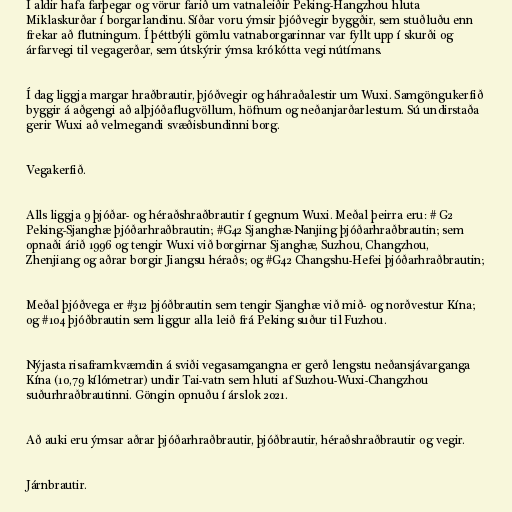
Í aldir hafa farþegar og vörur farið um vatnaleiðir Peking-Hangzhou hluta
Miklaskurðar í borgarlandinu. Síðar voru ýmsir þjóðvegir byggðir, sem stuðluðu enn
frekar að flutningum. Í þéttbýli gömlu vatnaborgarinnar var fyllt upp í skurði og
árfarvegi til vegagerðar, sem útskýrir ýmsa krókótta vegi nútímans.

Í dag liggja margar hraðbrautir, þjóðvegir og háhraðalestir um Wuxi. Samgöngukerfið
byggir á aðgengi að alþjóðaflugvöllum, höfnum og neðanjarðarlestum. Sú undirstaða
gerir Wuxi að velmegandi svæðisbundinni borg.

Vegakerfið.

Alls liggja 9 þjóðar- og héraðshraðbrautir í gegnum Wuxi. Meðal þeirra eru: # G2
Peking-Sjanghæ þjóðarhraðbrautin; #G42 Sjanghæ-Nanjing þjóðarhraðbrautin; sem
opnaði árið 1996 og tengir Wuxi við borgirnar Sjanghæ, Suzhou, Changzhou,
Zhenjiang og aðrar borgir Jiangsu héraðs; og #G42 Changshu-Hefei þjóðarhraðbrautin;

Meðal þjóðvega er #312 þjóðbrautin sem tengir Sjanghæ við mið- og norðvestur Kína;
og #104 þjóðbrautin sem liggur alla leið frá Peking suður til Fuzhou.

Nýjasta risaframkvæmdin á sviði vegasamgangna er gerð lengstu neðansjávarganga
Kína (10,79 kílómetrar) undir Tai-vatn sem hluti af Suzhou-Wuxi-Changzhou
suðurhraðbrautinni. Göngin opnuðu í árslok 2021.

Að auki eru ýmsar aðrar þjóðarhraðbrautir, þjóðbrautir, héraðshraðbrautir og vegir.

Járnbrautir.